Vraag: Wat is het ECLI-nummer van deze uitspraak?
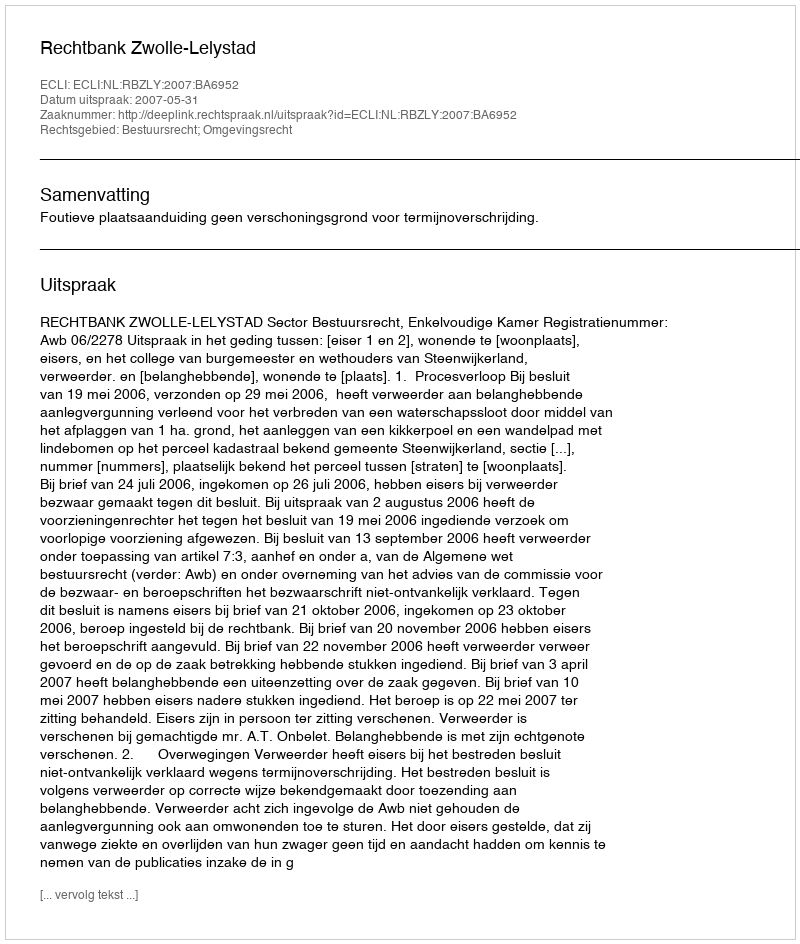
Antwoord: ECLI:NL:RBZLY:2007:BA6952